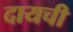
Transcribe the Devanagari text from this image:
दायची